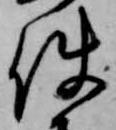
使